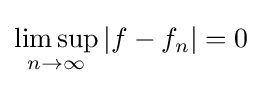
\limsup _{n\to \infty }|f-f_{n}|=0